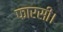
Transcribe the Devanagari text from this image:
फारसी।